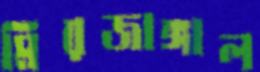
মিরজাঙ্গাল